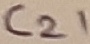
Text: C21